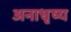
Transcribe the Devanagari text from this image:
अनाधृष्य